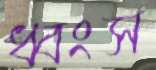
ধ্বংস